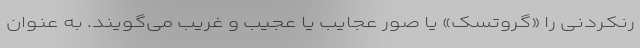
رنکردنی را «گروتسک» یا صُوَر عَجایب یا عجیب و غریب می‌گویند. به عنوان